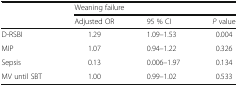
| <ROWSPAN=2>  | <COLSPAN=3> Weaning failure |
 | Adjusted OR | 95 % CI | P value |
 | --- | --- | --- | --- |
 | D-RSBI | 1.29 | 1.09–1.53 | 0.004 |
 | MIP | 1.07 | 0.94–1.22 | 0.326 |
 | Sepsis | 0.13 | 0.006–1.97 | 0.134 |
 | MV until SBT | 1.00 | 0.99–1.02 | 0.533 |